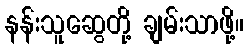
နန်းသူဆွေတို့ ချမ်းသာဖို့။